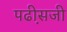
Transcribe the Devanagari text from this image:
पढी़सजी